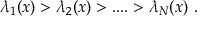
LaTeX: \lambda _ { 1 } ( x ) > \lambda _ { 2 } ( x ) > . . . . > \lambda _ { N } ( x ) ~ .